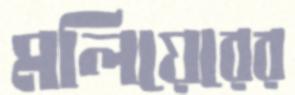
মলিয়েরের